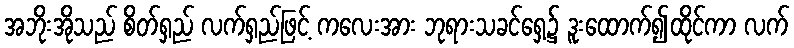
အဘိုးအိုသည် စိတ်ရှည် လက်ရှည်ဖြင့် ကလေးအား ဘုရားသခင်ရှေ့၌ ဒူးထောက်၍ထိုင်ကာ လက်